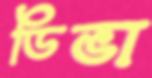
ডিভা